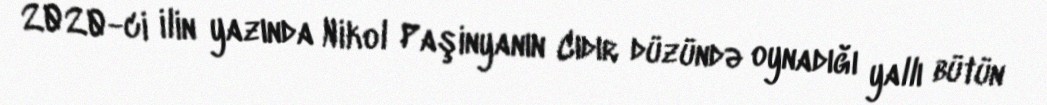
2020-ci ilin yazında Nikol Paşinyanın Cıdır düzündə oynadığı yallı bütün